Problem: 12 + 17 = ?
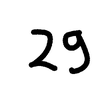
Handwritten answer: 29